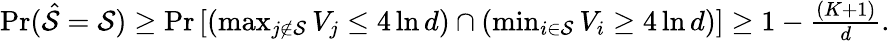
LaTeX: \begin{array}{r}{\operatorname*{Pr}(\hat{\mathcal{S}}=\mathcal{S})\geq\operatorname*{Pr}\left[\left(\operatorname*{max}_{j\not\in\mathcal{S}}V_{j}\leq 4\ln d\right)\cap\left(\operatorname*{min}_{i\in\mathcal{S}}V_{i}\geq 4\ln d\right)\right]\geq 1-\frac{(K+1)}{d}.}\end{array}